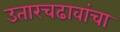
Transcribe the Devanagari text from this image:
उतारचढावांचा